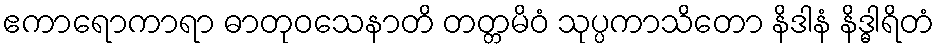
ဧကာရောကာရာ ဓာတုဝသေနာတိ တတ္တမိဝံ သုပ္ပကာသိတော နိဒါနံ နိဒ္ဓါရိတံ